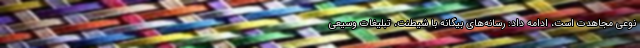
نوعی مجاهدت است، ادامه داد: رسانه‌های بیگانه با شیطنت، تبلیغات وسیعی